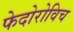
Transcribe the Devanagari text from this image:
फेदोरोविच